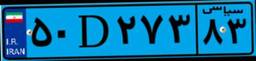
۵۰D۲۷۳۸۳